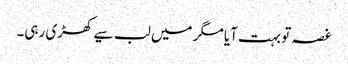
غصہ تو بہت آیا مگر میں لب سیے کھڑی رہی۔